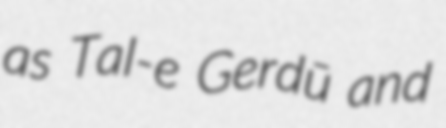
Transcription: as Tal-e Gerdū and